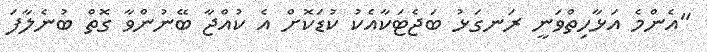
"އެންމެ އަޅާހިތްވަނީ ރަނގަޅު ބަޖެޓަކާއެކު ކުޑަކޮށް އެ ކުއްޖާ ބޭނުންވާ ގޮތް ބުނެލާފަ